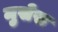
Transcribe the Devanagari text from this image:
मुसेस